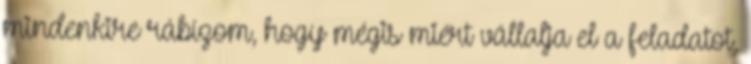
mindenkire rábízom, hogy mégis miért vállalja el a feladatot,